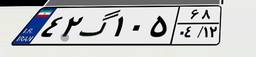
۴۲گ۱۰۵۶۸